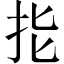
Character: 𢪲